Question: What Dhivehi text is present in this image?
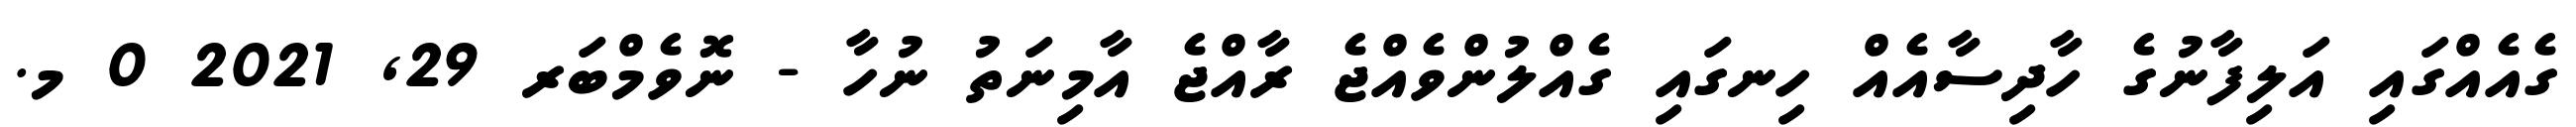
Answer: ގެއެއްގައި އަލިފާނުގެ ހާދިސާއެއް ހިނގައި ގެއްލުންވެއްޖެ ރާއްޖެ އާމިނަތު ނުހާ - ނޮވެމްބަރ 29, 2021 0 މ.